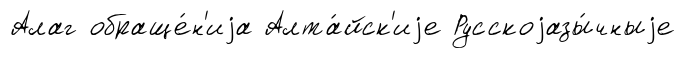
Алаг обраще́н'иjа Алта́йск'иjе Русскоjазы́чныjе